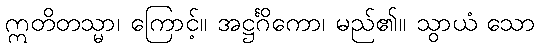
ဣတိတသ္မာ၊ ကြောင့်။ အဋ္ဌင်္ဂိကော၊ မည်၏။ သွာယံ သော